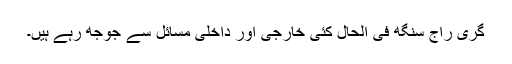
گری راج سنگھ فی الحال کئی خارجی اور داخلی مسائل سے جوجھ رہے ہیں۔